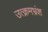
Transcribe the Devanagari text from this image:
उत्क्रमभ्रंश